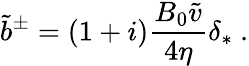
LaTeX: \tilde{b}^{\pm}=(1+i)\frac{B_{0}\tilde{v}}{4\eta}\delta_{*}~.